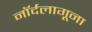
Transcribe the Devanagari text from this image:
नॉर्दलागूना